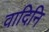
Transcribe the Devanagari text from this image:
वादिनि